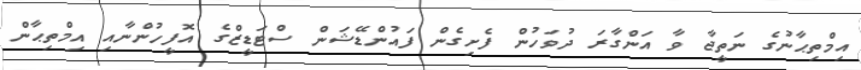
އިމްތިޙާނުގެ ނަތީޖާ ވާ އަންގާރަ ދުވަހުން ފެށިގެން ފައުންޑޭޝަން ސްޓަޑީޒްގެ އޮފީހުންނާއި އިމްތިޙާން